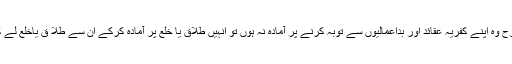
اگر اصلاح کی کوئی صورت نظر نہ آتی ہو اور کسی بھی طرح وہ اپنے کفریہ عقائد اور بداعمالیوں سے توبہ کرنے پر آمادہ نہ ہوں تو انہیں طلاق یا خلع پر آمادہ کرکے ان سے طلا ق یاخلع لے کر علیحدگی اختیارکرلیں تاکہ قانونی لحاظ سے دشواری نہ ہو۔